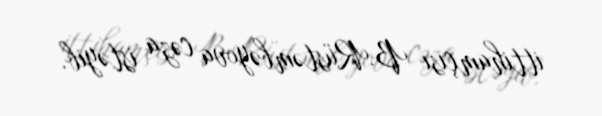
ittihamçısı B.Rüstəmbəyova cəza istəyib.